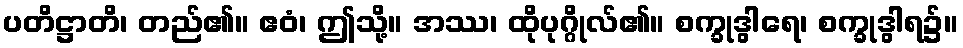
ပတိဋ္ဌာတိ၊ တည်၏။ ဧဝံ၊ ဤသို့။ အဿ၊ ထိုပုဂ္ဂိုလ်၏။ စက္ခုဒွါရေ၊ စက္ခုဒွါရ၌။